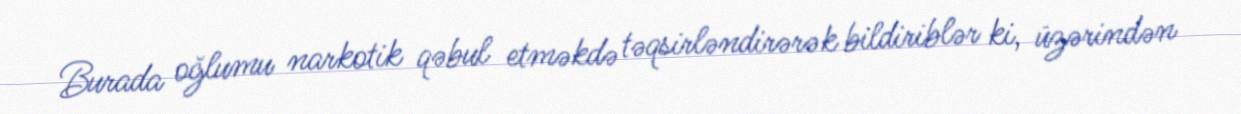
Burada oğlumu narkotik qəbul etməkdə təqsirləndirərək bildiriblər ki, üzərindən